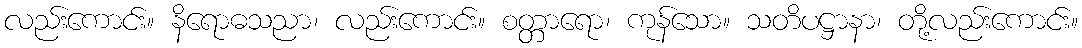
လည်းကောင်း။ နိရောဓသညာ၊ လည်းကောင်း။ စတ္တာရော၊ ကုန်သော။ သတိပဋ္ဌာနာ၊ တို့လည်းကောင်း။